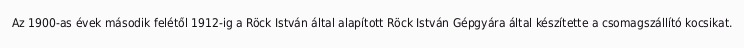
Az 1900-as évek második felétől 1912-ig a Röck István által alapított Röck István Gépgyára által készítette a csomagszállító kocsikat.